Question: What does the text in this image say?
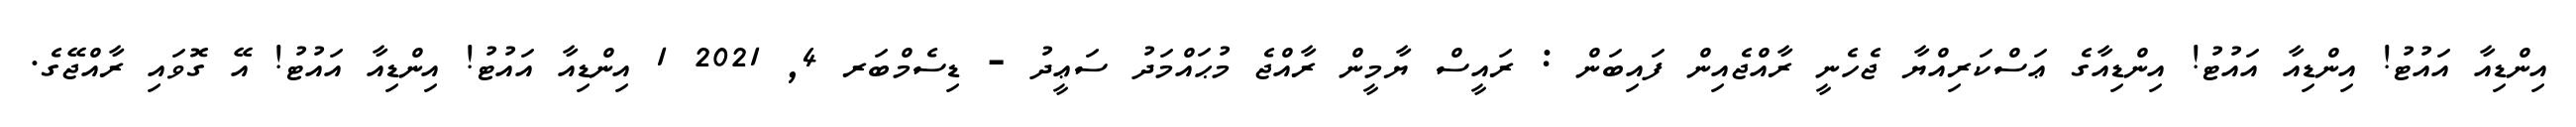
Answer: އިންޑިއާ އައުޓު! އިންޑިއާ އައުޓު! އިންޑިއާގެ ޢަސްކަރިއްޔާ ޖެހެނީ ރާއްޖެއިން ފައިބަން : ރައީސް ޔާމީން ރާއްޖެ މުޙައްމަދު ސަޢީދު - ޑިސެމްބަރ 4, 2021 1 އިންޑިއާ އައުޓު! އިންޑިއާ އައުޓު! އޭ ގޮވައި ރާއްޖޭގެ.